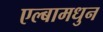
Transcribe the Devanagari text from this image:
एल्बामधुन